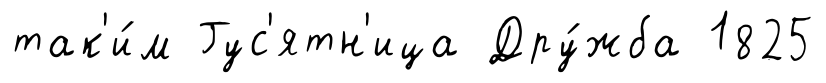
так'и́м Гус'ятн'ица Дру́жба 1825